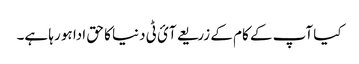
کیا آپ کے کام کے زریعے آئ ٹی دنیا کا حق ادا ہو رہا ہے۔